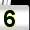
Digit: 5